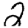
Digit: 2